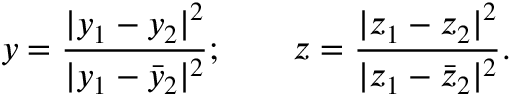
y = \frac { | y _ { 1 } - y _ { 2 } | ^ { 2 } } { | y _ { 1 } - { \bar { y } _ { 2 } } | ^ { 2 } } ; \qquad z = \frac { | z _ { 1 } - z _ { 2 } | ^ { 2 } } { | z _ { 1 } - { \bar { z } _ { 2 } } | ^ { 2 } } .